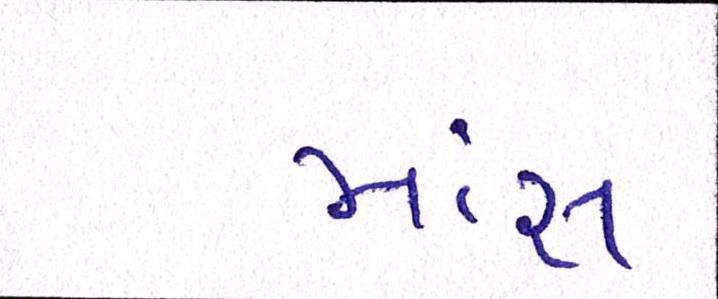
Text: માંસ